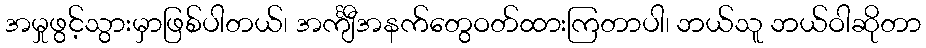
အမှုဖွင့်သွားမှာဖြစ်ပါတယ်၊ အင်္ကျီအနက်တွေဝတ်ထားကြတာပါ၊ ဘယ်သူ ဘယ်ဝါဆိုတာ